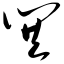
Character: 巽